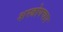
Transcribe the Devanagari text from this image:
शस्त्रोपचार